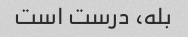
بله، درست است